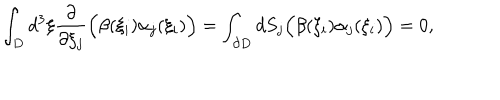
\displaystyle \int _ { D } d ^ { 3 } \xi \frac { \partial } { \partial \xi _ { j } } \Bigl ( \beta ( \xi _ { i } ) \alpha _ { j } ( \xi _ { i } ) \Bigr ) = \int _ { \partial D } d S _ { j } \Bigl ( \beta ( \xi _ { i } ) \alpha _ { j } ( \xi _ { i } ) \Bigr ) = 0 ,